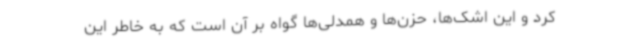
کرد و این اشک‌ها، حزن‌ها و همدلی‌ها گواه بر آن است که به خاطر این